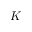
K